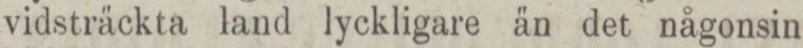
vidsträckta land lyckligare än det någonsin